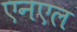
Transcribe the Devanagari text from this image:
एनएल